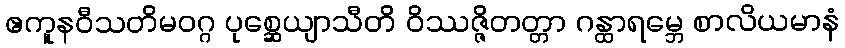
ဧကူနဝီသတိမဝဂ္ဂ ပုစ္ဆေယျာသီတိ ဝိဿဇ္ဇိတတ္တာ ဂန္ထာရမ္ဘေ စာလိယမာနံ